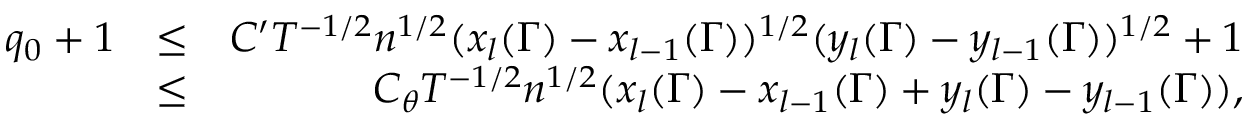
\begin{array} { r l r } { q _ { 0 } + 1 } & { \leq } & { C ^ { \prime } T ^ { - 1 \slash 2 } n ^ { 1 \slash 2 } ( x _ { l } ( \Gamma ) - x _ { l - 1 } ( \Gamma ) ) ^ { 1 \slash 2 } ( y _ { l } ( \Gamma ) - y _ { l - 1 } ( \Gamma ) ) ^ { 1 \slash 2 } + 1 } \\ & { \leq } & { C _ { \theta } T ^ { - 1 \slash 2 } n ^ { 1 \slash 2 } ( x _ { l } ( \Gamma ) - x _ { l - 1 } ( \Gamma ) + y _ { l } ( \Gamma ) - y _ { l - 1 } ( \Gamma ) ) , } \end{array}